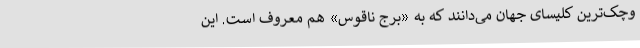
وچک‌ترین کلیسای جهان می‌دانند که به «برج ناقوس» هم معروف است. این